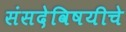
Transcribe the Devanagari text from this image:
संसदेविषयीचे